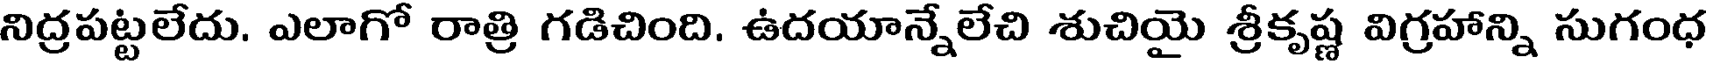
నిద్రపట్టలేదు. ఎలాగో రాత్రి గడిచింది. ఉదయాన్నేలేచి శుచియై శ్రీకృష్ణ విగ్రహాన్ని సుగంధ